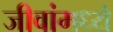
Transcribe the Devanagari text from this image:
जीवांमध्ये